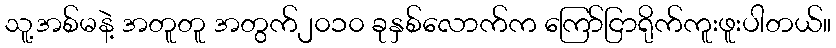
သူ့အစ်မနဲ့ အတူတူ အတွက်၂၀၁၀ ခုနှစ်လောက်က ကြော်ငြာရိုက်ကူးဖူးပါတယ်။